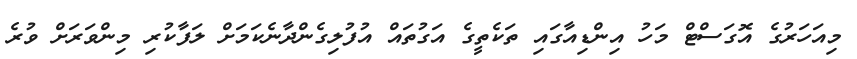
މިއަހަރުގެ އޮގަސްޓް މަހު އިންޑިއާގައި ތަކެތީގެ އަގުތައް އުފުލިގެންދާނެކަމަށް ލަފާކުރި މިންވަރަށް ވުރެ